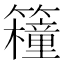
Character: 𥷈